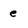
Character: e